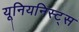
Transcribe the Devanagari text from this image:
यूनियनिस्ट्स